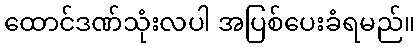
ထောင်ဒဏ်သုံးလပါ အပြစ်ပေးခံရမည်။